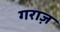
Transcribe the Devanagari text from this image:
गराज़